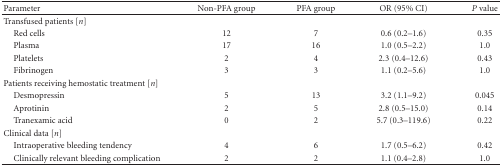
<table><thead><tr><td><b>Parameter</b></td><td><b>Non-PFA group</b></td><td><b>PFA group</b></td><td><b>OR (95% CI)</b></td><td><b><i>P</i> value</b></td></tr></thead><tbody><tr><td>Transfused patients [<i>n</i>]</td><td> </td><td> </td><td> </td><td> </td></tr><tr><td> Red cells</td><td>12</td><td>7</td><td>0.6 (0.2–1.6)</td><td>0.35</td></tr><tr><td> Plasma</td><td>17</td><td>16</td><td>1.0 (0.5–2.2)</td><td>1.0</td></tr><tr><td> Platelets</td><td>2</td><td>4</td><td>2.3 (0.4–12.6)</td><td>0.43</td></tr><tr><td> Fibrinogen</td><td>3</td><td>3</td><td>1.1 (0.2–5.6)</td><td>1.0</td></tr><tr><td>Patients receiving hemostatic treatment [<i>n</i>]</td><td> </td><td> </td><td> </td><td> </td></tr><tr><td> Desmopressin</td><td>5</td><td>13</td><td>3.2 (1.1–9.2)</td><td>0.045</td></tr><tr><td> Aprotinin</td><td>2</td><td>5</td><td>2.8 (0.5–15.0)</td><td>0.14</td></tr><tr><td> Tranexamic acid</td><td>0</td><td>2</td><td>5.7 (0.3–119.6)</td><td>0.22</td></tr><tr><td>Clinical data [<i>n</i>]</td><td> </td><td> </td><td> </td><td> </td></tr><tr><td> Intraoperative bleeding tendency</td><td>4</td><td>6</td><td>1.7 (0.5–6.2)</td><td>0.42</td></tr><tr><td> Clinically relevant bleeding complication</td><td>2</td><td>2</td><td>1.1 (0.4–2.8)</td><td>1.0</td></tr></tbody></table>